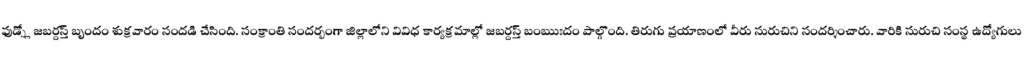
ఫుడ్స్లో జబర్దస్త్ బృందం శుక్రవారం సందడి చేసింది. సంక్రాంతి సందర్భంగా జిల్లాలోని వివిధ కార్యక్రమాల్లో జబర్దస్త్ బంఋఃదం పాల్గొంది. తిరుగు ప్రయాణంలో వీరు సురుచిని సందర్శించారు. వారికి సురుచి సంస్థ ఉద్యోగులు